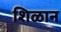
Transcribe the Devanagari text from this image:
शिळान